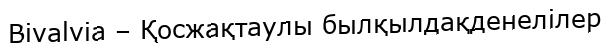
Bivalvia – Қосжақтаулы былқылдақденелілер